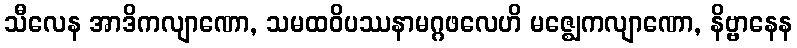
သီလေန အာဒိကလျာဏော, သမထဝိပဿနာမဂ္ဂဖလေဟိ မဇ္ဈေကလျာဏော, နိဗ္ဗာနေန